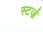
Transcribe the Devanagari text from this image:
स्टर्ज़